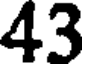
43